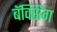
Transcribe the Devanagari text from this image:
बॅक्सिंग